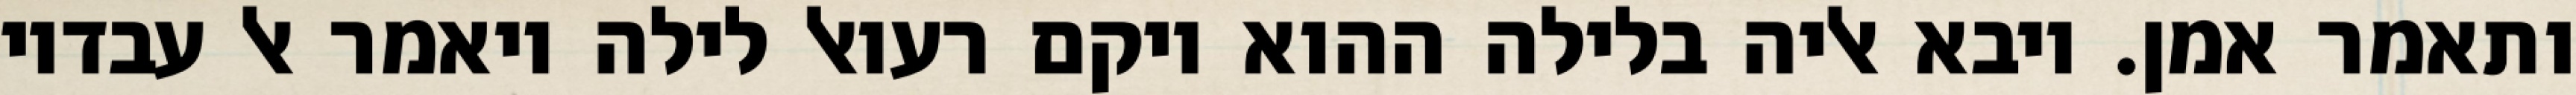
ותאמר אמן. ויבא אליה בלילה ההוא ויקם רעואל לילה ויאמר אל עבדיו